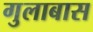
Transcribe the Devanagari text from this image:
गुलाबास